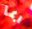
ربما